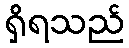
ရှိရသည်